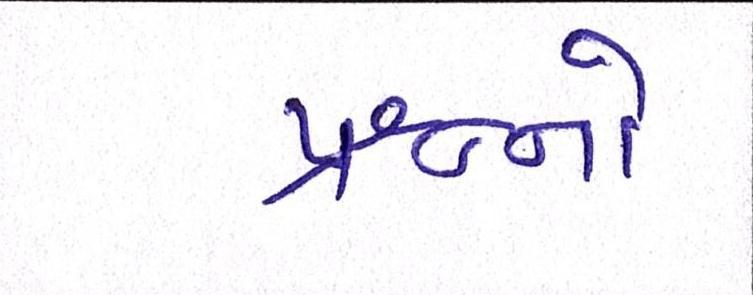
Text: પ્રશ્નનો